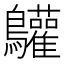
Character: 𪈩